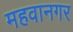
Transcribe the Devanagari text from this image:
महवानगर